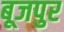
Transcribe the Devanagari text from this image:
बूजपुर